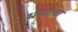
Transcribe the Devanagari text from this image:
भ्रमरांबा